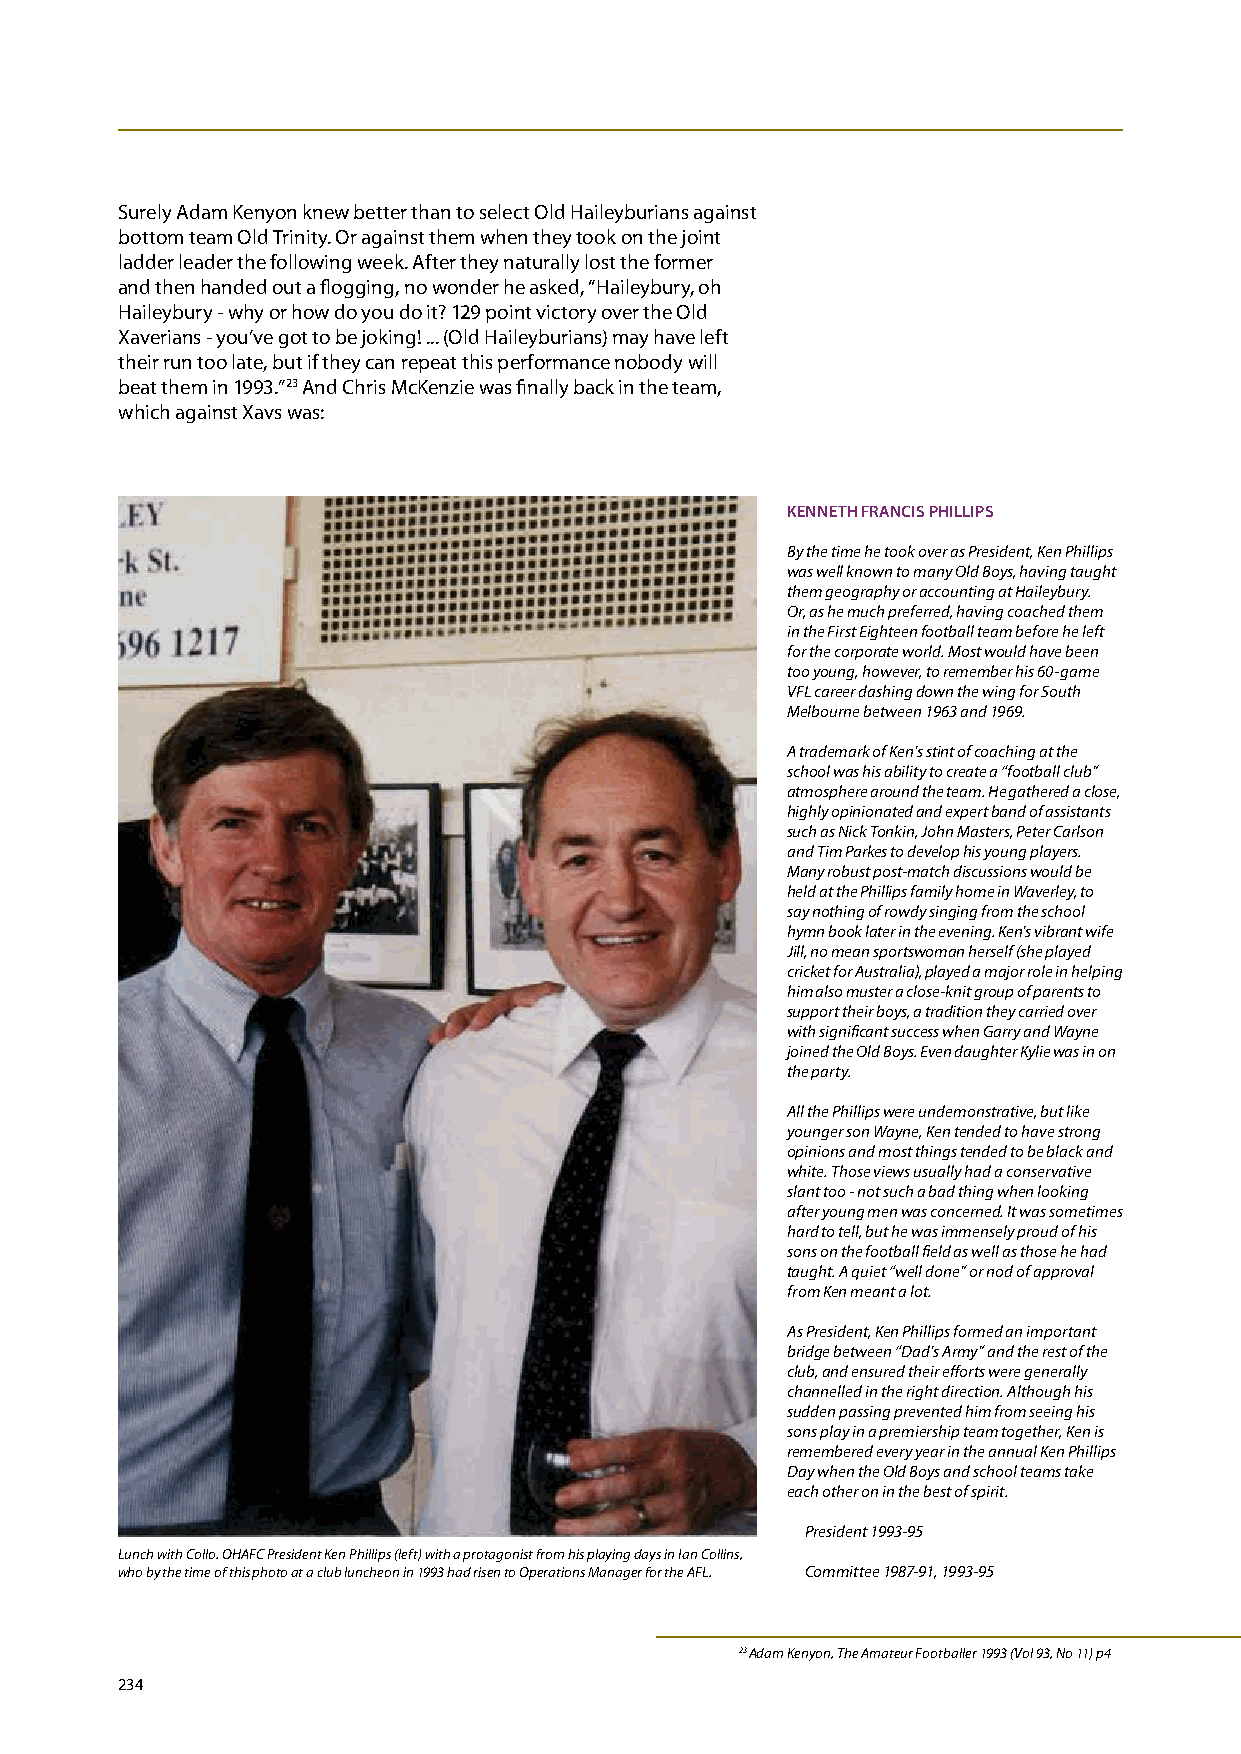
Surely Adam Kenyon knew better than to select Old Haileyburians against
 bottom team Old Trinity. Or against them when they took on the joint
 ladder leader the following week. After they naturally lost the former
 and then handed out a flogging, no wonder he asked, “Haileybury, oh
 Haileybury - why or how do you do it? 129 point victory over the Old
 Xaverians - you’ve got to be joking! ... (Old Haileyburians) may have left
 their run too late, but if they can repeat this performance nobody will
 beat them in 1993.”23 And Chris McKenzie was finally back in the team,
 which against Xavs was:
 kENNETH FRANCIS PHILLIPS
 By the time he took over as President, Ken Phillips
 was well known to many Old Boys, having taught
 them geography or accounting at Haileybury.
 Or, as he much preferred, having coached them
 in the First Eighteen football team before he left
 for the corporate world. Most would have been
 too young, however, to remember his 60-game
 VFL career dashing down the wing for South
 Melbourne between 1963 and 1969.
 A trademark of Ken’s stint of coaching at the
 school was his ability to create a “football club”
 atmosphere around the team. He gathered a close,
 highly opinionated and expert band of assistants
 such as Nick Tonkin, John Masters, Peter Carlson
 and Tim Parkes to develop his young players.
 Many robust post-match discussions would be
 held at the Phillips family home in Waverley, to
 say nothing of rowdy singing from the school
 hymn book later in the evening. Ken’s vibrant wife
 Jill, no mean sportswoman herself (she played
 cricket for Australia), played a major role in helping
 him also muster a close-knit group of parents to
 support their boys, a tradition they carried over
 with significant success when Garry and Wayne
 joined the Old Boys. Even daughter Kylie was in on
 the party.
 All the Phillips were undemonstrative, but like
 younger son Wayne, Ken tended to have strong
 opinions and most things tended to be black and
 white. Those views usually had a conservative
 slant too - not such a bad thing when looking
 after young men was concerned. It was sometimes
 hard to tell, but he was immensely proud of his
 sons on the football field as well as those he had
 taught. A quiet “well done” or nod of approval
 from Ken meant a lot.
 As President, Ken Phillips formed an important
 bridge between “Dad’s Army” and the rest of the
 club, and ensured their efforts were generally
 channelled in the right direction. Although his
 sudden passing prevented him from seeing his
 sons play in a premiership team together, Ken is
 remembered every year in the annual Ken Phillips
 Day when the Old Boys and school teams take
 each other on in the best of spirit.
 President 1993-95
 Lunch with Collo. OHAFC President Ken Phillips (left) with a protagonist from his playing days in Ian Collins,
 who by the time of this photo at a club luncheon in 1993 had risen to Operations Manager for the AFL. Committee 1987-91, 1993-95
 23 Adam Kenyon, The Amateur Footballer 1993 (Vol 93, No 11) p4
 234